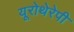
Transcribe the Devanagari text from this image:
यूरोथेरेपी